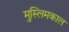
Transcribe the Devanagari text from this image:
मुस्लिमकाल